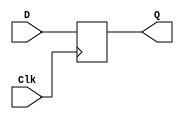
module DFF
        (input Clk,
        input [15:0] D,
        output reg [15:0]   Q
        );
    
    always@ (posedge Clk)
        Q <= D;
    
endmodule